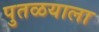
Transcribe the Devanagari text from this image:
पुतळयाला